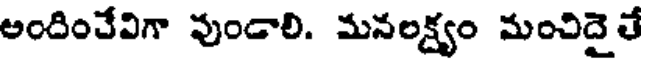
అందించేవిగా వుండాలి. మనలక్ష్యం మంచిదైతే